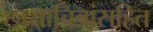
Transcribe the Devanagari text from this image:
छायाचित्रांसहित